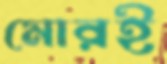
মোরই